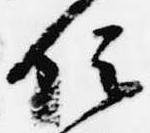
位